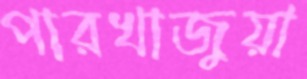
পারখাজুয়া